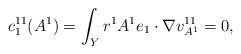
LaTeX: \begin{align*}c_1^{11}(A^1) = \int_Y r^1 A^1 e_1\cdot \nabla v^{11}_{A^1} = 0,\end{align*}